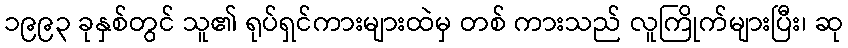
၁၉၉၃ ခုနှစ်တွင် သူ၏ ရုပ်ရှင်ကားများထဲမှ တစ် ကားသည် လူကြိုက်များပြီး၊ ဆု